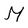
Character: M